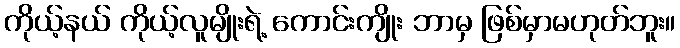
ကိုယ့်နယ် ကိုယ့်လူမျိုးရဲ့ ကောင်းကျိုး ဘာမှ ဖြစ်မှာမဟုတ်ဘူး။